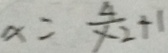
x = \frac { 4 } { y - 2 } + 1